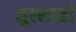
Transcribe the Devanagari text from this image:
सुल्लाळी